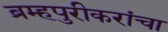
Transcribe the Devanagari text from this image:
ब्रम्हपुरीकरांचा